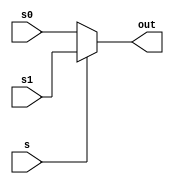
module MUX32(input[31:0] s0 , input[31:0] s1 , input s , output[31:0] out);
	assign out = s ? s1 : s0;
endmodule